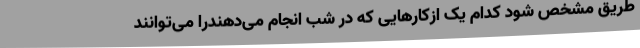
طریق مشخص شود کدام یک ازکارهایی که در شب انجام می‌دهندرا می‌توانند